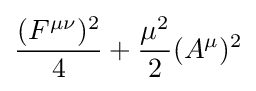
{(F^{\mu \nu })^{2} \over 4}+{\mu ^{2} \over 2}(A^{\mu })^{2}